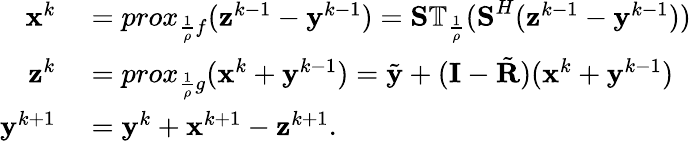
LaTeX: \begin{array}{rl}{\textbf{x}^{k}}&{{}=prox_{\frac{1}{\rho}f}(\textbf{z}^{k-1}-\textbf{y}^{k-1})=\textbf{S}\mathbb{T}_{\frac{1}{\rho}}(\textbf{S}^{H}(\textbf{z}^{k-1}-\textbf{y}^{k-1}))}\\ {\textbf{z}^{k}}&{{}=prox_{\frac{1}{\rho}g}(\textbf{x}^{k}+\textbf{y}^{k-1})=\tilde{\textbf{y}}+(\textbf{I}-\tilde{\textbf{R}})(\textbf{x}^{k}+\textbf{y}^{k-1})}\\ {\mathbf{y}^{k+1}}&{{}=\mathbf{y}^{k}+\mathbf{x}^{k+1}-\mathbf{z}^{k+1}.}\end{array}